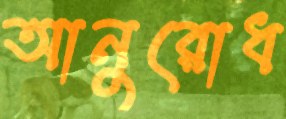
আনুরোধ